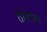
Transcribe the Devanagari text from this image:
तोलोलो